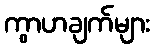
ကွာဟချက်များ